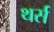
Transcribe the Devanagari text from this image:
थर्स